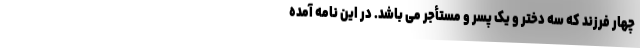
چهار فرزند که سه دختر و یک پسر و مستأجر می باشد. در این نامه آمده